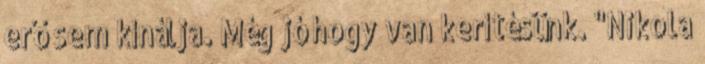
erő sem kínálja. Még jó hogy van kerítésünk. "Nikola